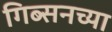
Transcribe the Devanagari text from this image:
गिब्सनच्या